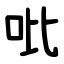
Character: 吡